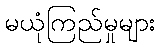
မယုံကြည်မှုများ